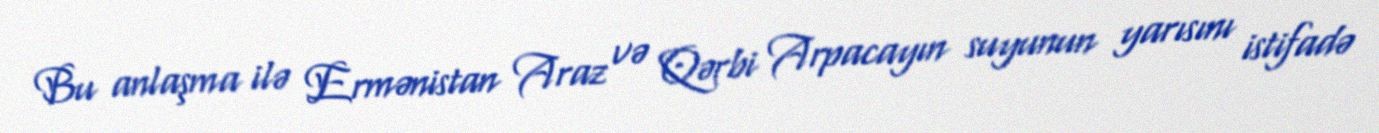
Bu anlaşma ilə Ermənistan Araz və Qərbi Arpacayın suyunun yarısını istifadə